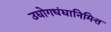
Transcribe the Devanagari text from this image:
उद्योगधंद्यानिमित्त